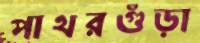
পাথরগুঁড়া